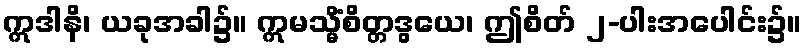
ဣဒါနိ၊ ယခုအခါ၌။ ဣမသ္မိံစိတ္တဒွယေ၊ ဤစိတ် ၂-ပါးအပေါင်း၌။